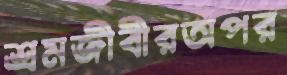
শ্রমজীবীরঅপর